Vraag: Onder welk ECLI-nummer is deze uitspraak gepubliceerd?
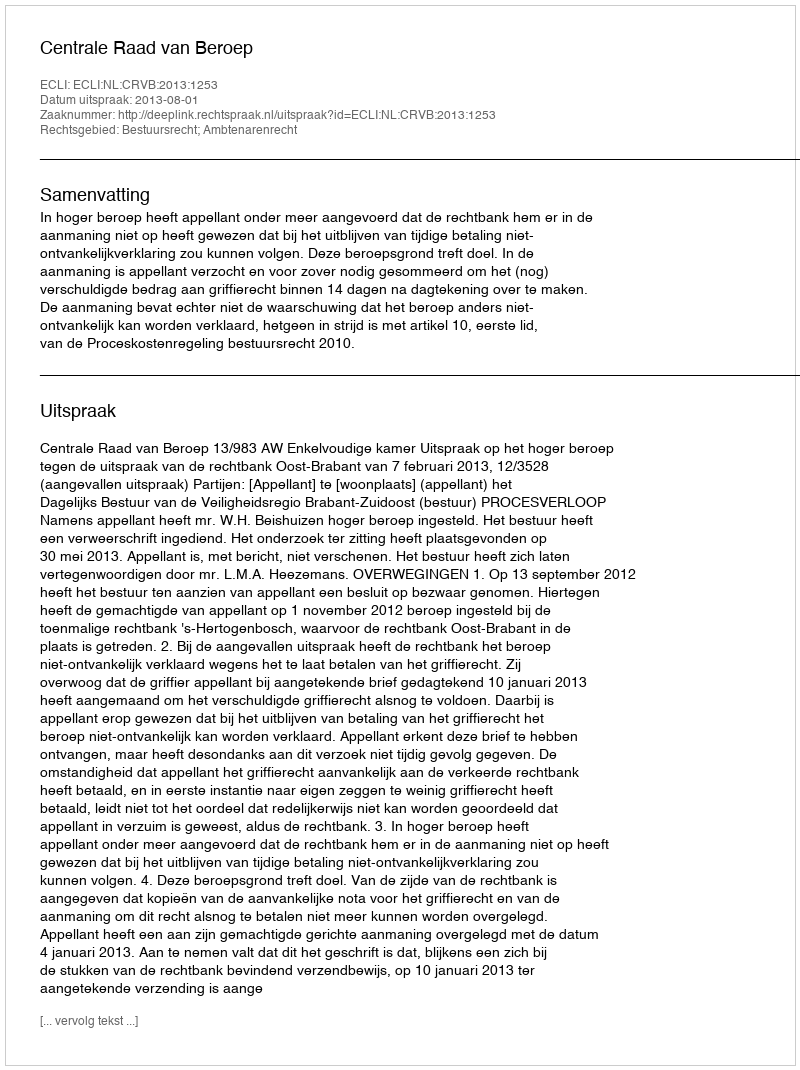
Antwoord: ECLI:NL:CRVB:2013:1253